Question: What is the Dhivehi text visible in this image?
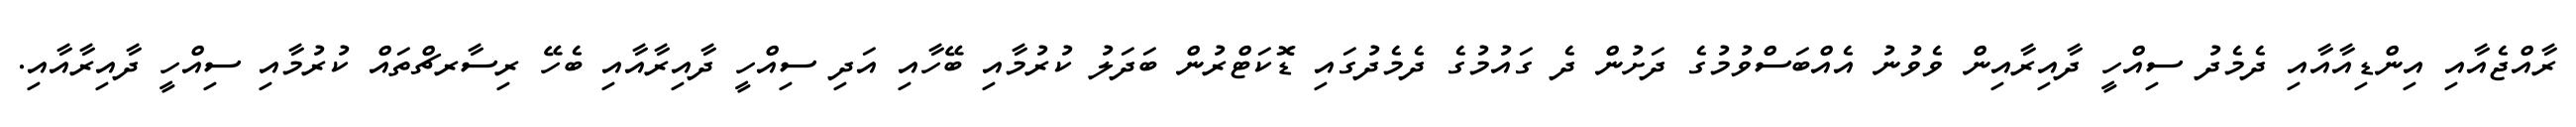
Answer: ރާއްޖެއާއި އިންޑިއާއާއި ދެމެދު ސިއްހީ ދާއިރާއިން ވެވުނު އެއްބަސްވުމުގެ ދަށުން ދެ ގައުމުގެ ދެމެދުގައި ޑޮކަޓްރުން ބަދަލު ކުރުމާއި ބޭހާއި އަދި ސިއްހީ ދާއިރާއާއި ބެހޭ ރިސާރޗްތައް ކުރުމާއި ސިއްހީ ދާއިރާއާއި.